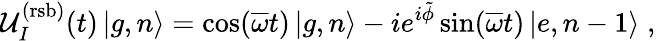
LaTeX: \mathcal{U}_{I}^{(\mathrm{rsb)}}(t)\left|g,n\right\rangle=\cos(\overline{{\omega}}t)\left|g,n\right\rangle-ie^{i\tilde{\phi}}\sin(\overline{{\omega}}t)\left|e,n-1\right\rangle\; ,